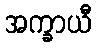
အက္ခာယီ